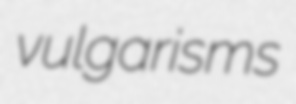
vulgarisms